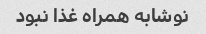
نوشابه همراه غذا نبود